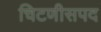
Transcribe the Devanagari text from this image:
चिटणीसपद